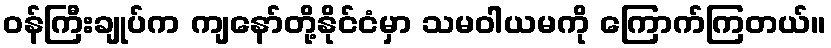
ဝန်ကြီးချုပ်က ကျနော်တို့နိုင်ငံမှာ သမဝါယမကို ကြောက်ကြတယ်။